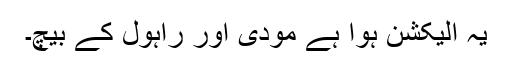
یہ الیکشن ہوا ہے مودی اور راہول کے بیچ۔